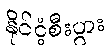
နိုင်ငံ့စီးပွား